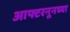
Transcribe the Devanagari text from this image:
आफ्टरनूनच्या